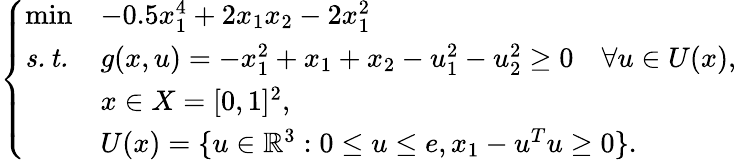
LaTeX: \left\{ \begin{array}{lll}{\operatorname*{min}}&{-0.5x_{1}^{4}+2x_{1}x_{2}-2x_{1}^{2}}\\ {\mathit{s.t.}}&{g(x,u)=-x_{1}^{2}+x_{1}+x_{2}-u_{1}^{2}-u_{2}^{2}\geq 0\quad\forall u\in U(x),}\\ &{x\in X=[0,1]^{2},}\\ &{U(x)=\{ u\in\mathbb{R}^{3}:0\leq u\leq e,x_{1}-u^{T}u\geq 0\} .}\end{array}\right.